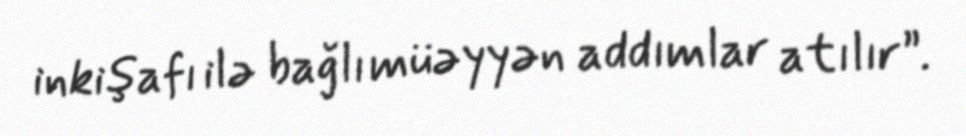
inkişafı ilə bağlı müəyyən addımlar atılır”.